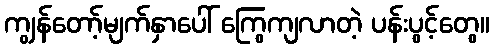
ကျွန်တော့်မျက်နှာပေါ် ကြွေကျလာတဲ့ ပန်းပွင့်တွေ။